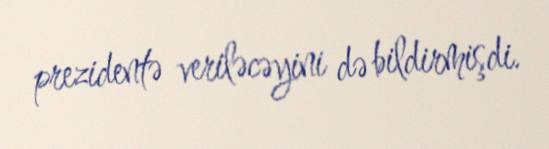
prezidentə veriləcəyini də bildirmişdi.